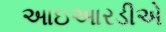
આઇઆરડીએ